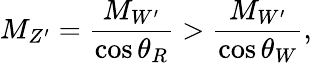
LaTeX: M_{Z^{\prime}}=\frac{M_{W^{\prime}}}{\cos\theta_{R}}>\frac{M_{W^{\prime}}}{\cos\theta_{W}},